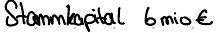
Stammkapital 6mio €